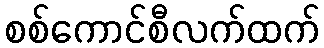
စစ်ကောင်စီလက်ထက်